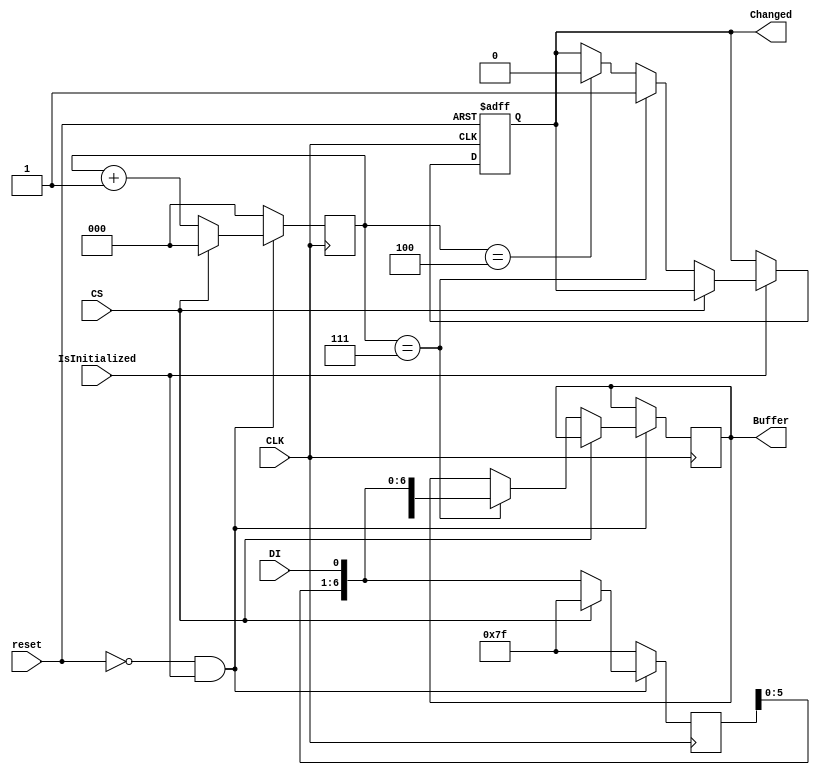
module SpiBuffer(
    input DI,
    input CLK,
    input CS,
    input reset,
    input IsInitialized,
    output [7:0] Buffer,
    output Changed
);
    reg [2:0] counter;
    reg [7:0] inner_buffer;
    reg [7:0] outer_buffer;
    reg changed;

    wire [7:0] next_buffer;

    assign Buffer = outer_buffer;
    assign Changed = changed;

    assign next_buffer = {inner_buffer[6:0], DI};
    
    always @(posedge CLK or posedge reset) begin
        if(reset) begin
            changed <= 0;
        end else if(IsInitialized) begin
            if (~CS) begin
                if (counter == 3'b111) begin
                    changed <= 1;
                end else if (counter == 3'b100) begin
                    changed <= 0;
                end
            end
        end
    end 

    always @(posedge CLK) begin
        if (reset == 0 && IsInitialized) begin
            if (CS) begin
                counter <= 0;
                inner_buffer <= 8'b11111111;
            end else begin
                inner_buffer <= next_buffer;
                if (counter == 3'b111) begin
                    outer_buffer = next_buffer;
                end
                counter <= counter + 1;
            end
        end else begin
            counter <= 0;
            inner_buffer <= 8'b11111111;
        end
    end
endmodule